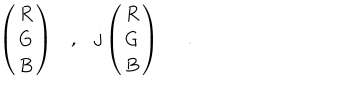
LaTeX: \left( \begin{array} { c } { { R } } \\ { { G } } \\ { { B } } \\ \end{array} \right) , j \left( \begin{array} { c } { { R } } \\ { { G } } \\ { { B } } \\ \end{array} \right) \; \; .